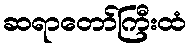
ဆရာတော်ကြီးထံ